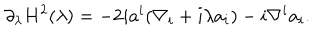
\partial _ { \lambda } H ^ { 2 } ( \lambda ) = - 2 i a ^ { i } ( \nabla _ { i } + i \lambda a _ { i } ) - i \nabla ^ { i } a _ { i } .